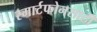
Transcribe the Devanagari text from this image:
स्मार्टफोनसाठी